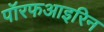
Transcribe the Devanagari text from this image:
पॉरफआइरिन